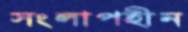
সংলাপহীন